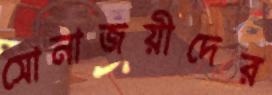
সোনাজয়ীদের